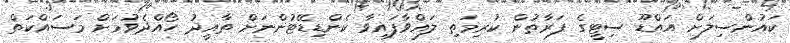
ކައުންސިލަށް އައްޑޫ ސިޓީގެ ފަރާތުން ކުރިމަތި ލައްވާފައިވާ ކެންޑިޑޭޓުންނަށް ތާއީދު ހޯއްދެވުމަށް މަސައްކަތް